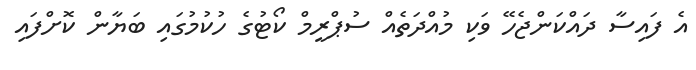
އެ ފައިސާ ދައްކަންޖެހޭ ވަކި މުއްދަތެއް ސުޕްރީމް ކޯޓުގެ ހުކުމުގައި ބަޔާން ކޮށްފައި